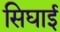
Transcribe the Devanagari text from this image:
सिघाई